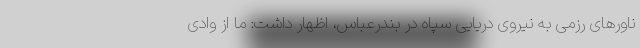
ناورهای رزمی به نیروی دریایی سپاه در بندرعباس، اظهار داشت: ما از وادی